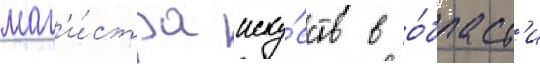
маг'и́стра иску́сств в о́бласт'и